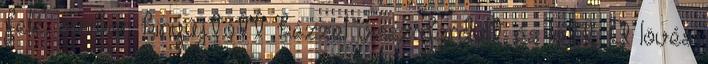
felé, amikor kinyújtott kézzel visszafordult és lőtt. A lövés